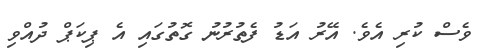
ވެސް ކުރި އެވެ. އޭރު އަޑު ފެތުރުނު ގޮތުގައި އެ ޕިކަޕް ދުއްވި